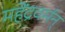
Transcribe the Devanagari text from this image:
महेंद्रवर्मन्‌